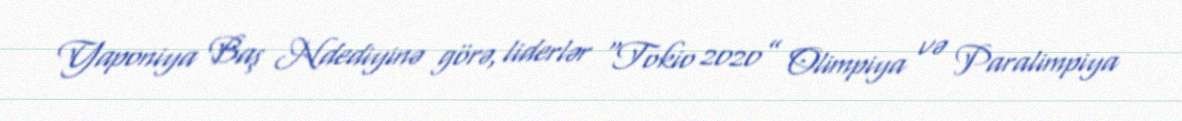
Yaponiya Baş Ndediyinə görə, liderlər “Tokio 2020” Olimpiya və Paralimpiya